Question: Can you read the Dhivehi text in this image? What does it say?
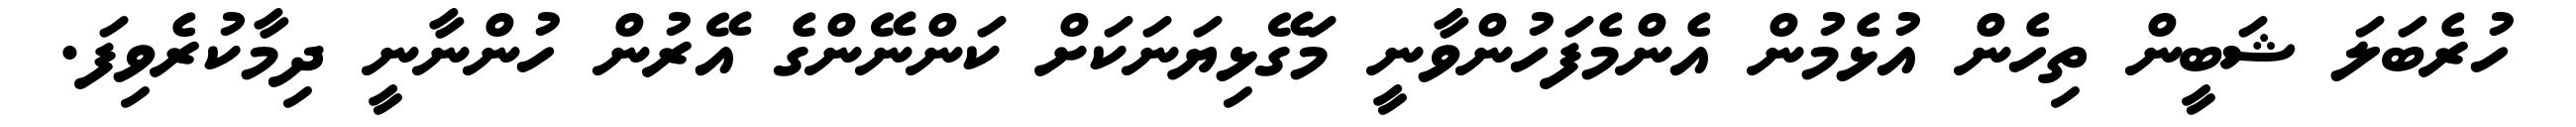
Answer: ހުރެބަލަ ޝަބީން ތިހެން އުޅެމުން އެންމެފަހުންވާނީ މަގޭޅިޔަނަކަށް ކަންނޭންގެ އޭރުން ހުންނާނީ ދިމާކުރެވިފަ.